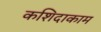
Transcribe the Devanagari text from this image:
कशिदाकाम